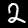
Digit: 2